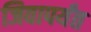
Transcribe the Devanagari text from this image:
जिवापर्यंत